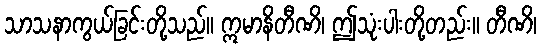
သာသနာကွယ်ခြင်းတို့သည်။ ဣမာနိတီဏိ၊ ဤသုံးပါးတို့တည်း။ တီဏိ၊